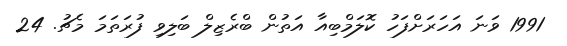
1991 ވަނަ އަހަރަށްފަހު ކޮލަމްބިއާ އަތުން ބްރެޒިލް ބަލިވި ފުރަތަމަ މެޗު. 24